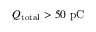
Q _ { \mathrm { t o t a l } } > 5 0 ~ \mathrm { p C }